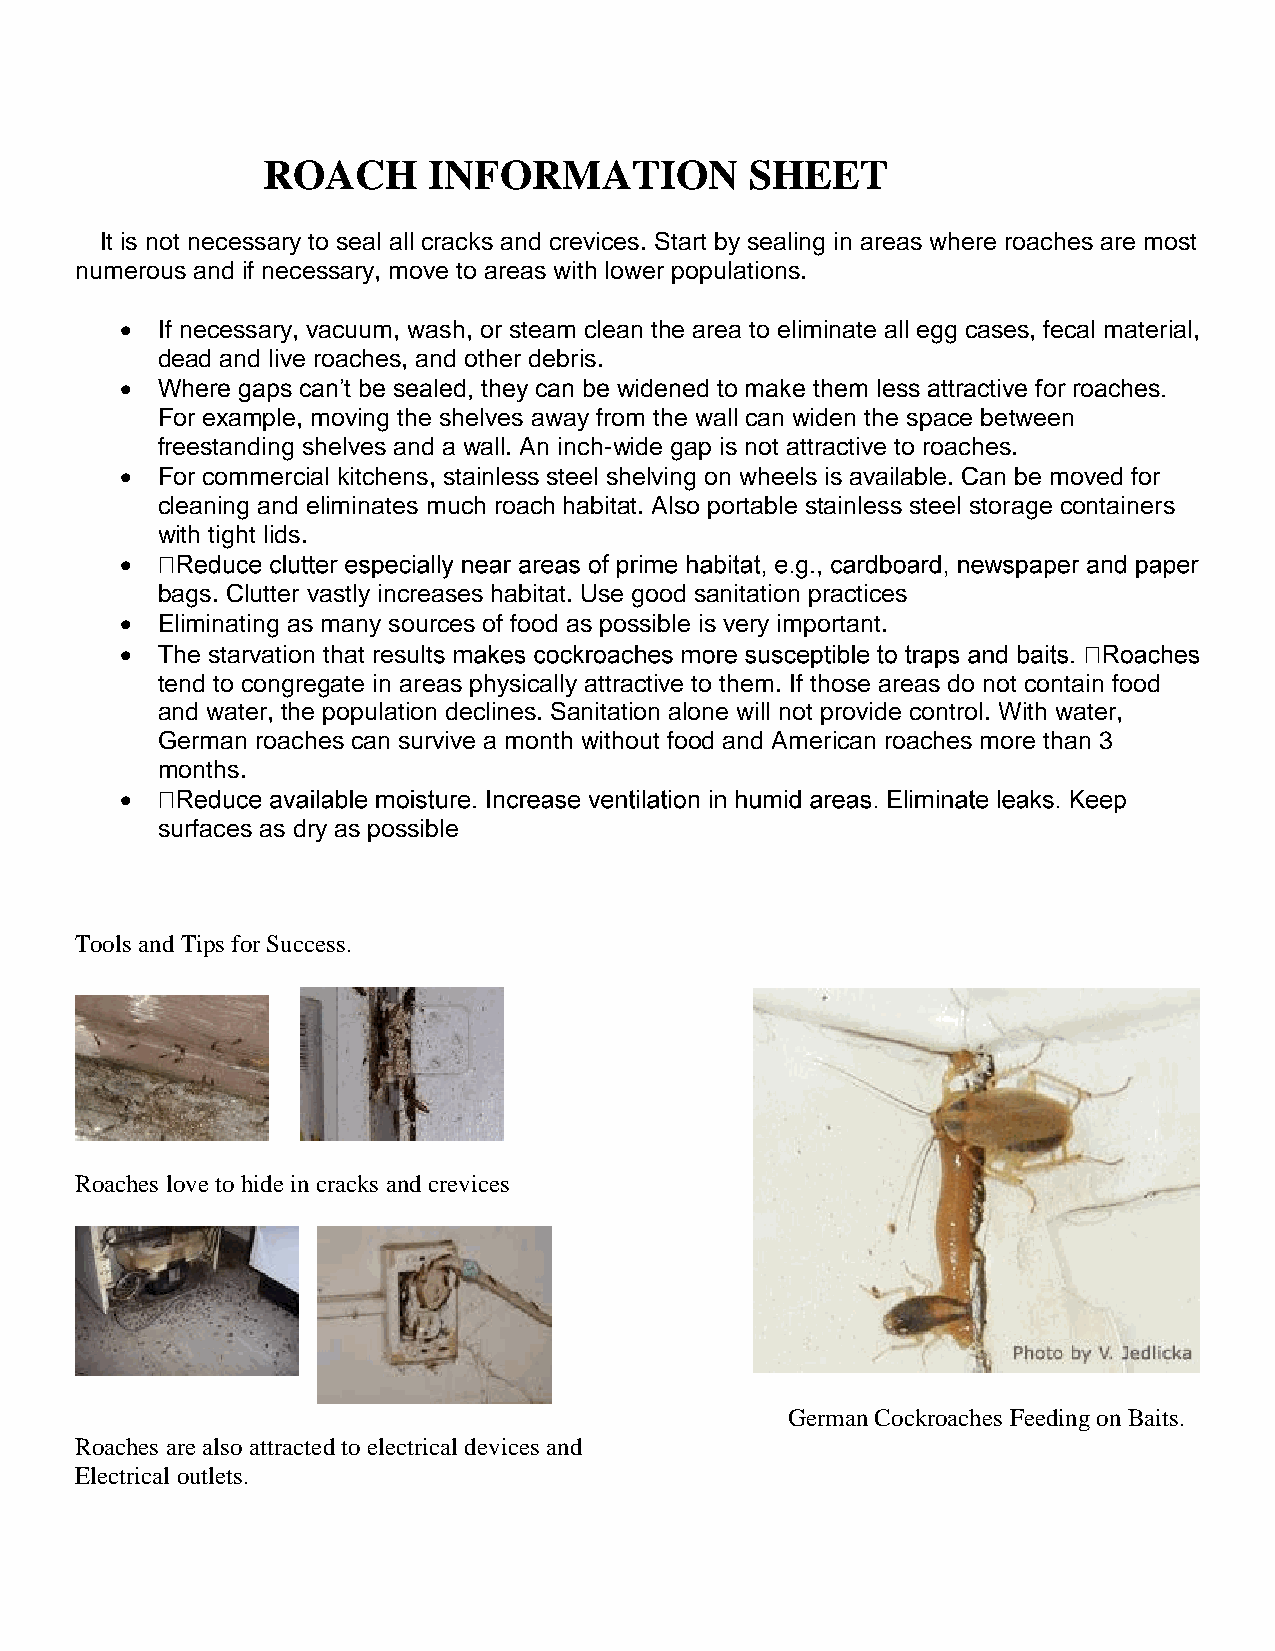
ROACH      INFORMATION           SHEET
 It is not necessary to seal all cracks and crevices. Start by sealing in areas where roaches are most
 numerous and if necessary, move to areas with lower populations.
  If necessary, vacuum, wash, or steam clean the area to eliminate all egg cases, fecal material,
 dead and live roaches, and other debris.
  Where gaps can’t be sealed, they can be widened to make them less attractive for roaches.
 For example, moving the shelves away from the wall can widen the space between
 freestanding shelves and a wall. An inch-wide gap is not attractive to roaches.
  For commercial kitchens, stainless steel shelving on wheels is available. Can be moved for
 cleaning and eliminates much roach habitat. Also portable stainless steel storage containers
 with tight lids.
 
 bags. Clutter vastly increases habitat. Use good sanitation practices
  Eliminating as many sources of food as possible is very important.
  The starvation that result
 tend to congregate in areas physically attractive to them. If those areas do not contain food
 and water, the population declines. Sanitation alone will not provide control. With water,
 German roaches can survive a month without food and American roaches more than 3
 months.
 
 surfaces as dry as possible
 Tools and Tips for Success.
 Roaches love to hide in cracks and crevices
 German Cockroaches Feeding on Baits.
 Roaches are also attracted to electrical devices and
 Electrical outlets.